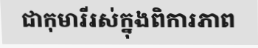
ជាកុមារីរស់ក្នុងពិការភាព